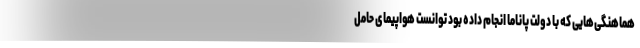
هماهنگی‌هایی که با دولت پاناما انجام داده بود توانست هواپیمای حامل